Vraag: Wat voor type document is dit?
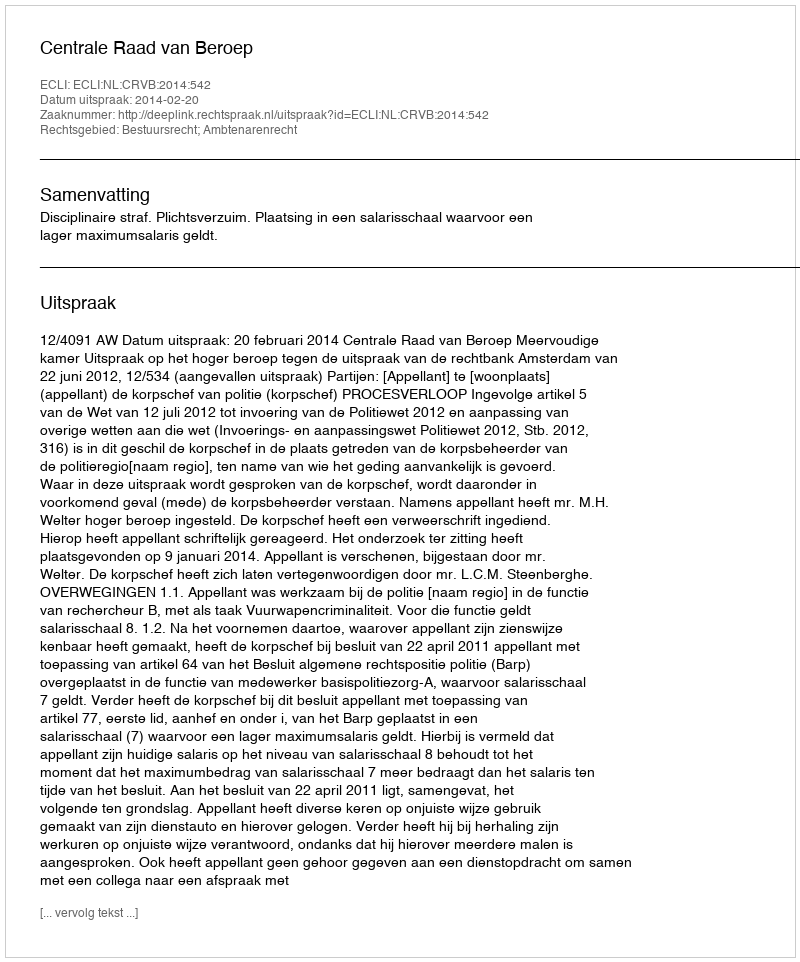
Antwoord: Uitspraak